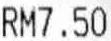
RM7.50